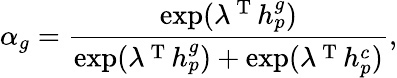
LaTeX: \alpha_{g}=\frac{\exp(\lambda^{\mathrm{~T~}}h_{p}^{g})}{\exp(\lambda^{\mathrm{~T~}}h_{p}^{g})+\exp(\lambda^{\mathrm{~T~}}h_{p}^{c})},